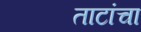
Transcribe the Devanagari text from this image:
ताटांचा